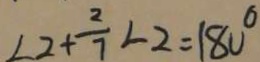
\angle 2 + \frac { 2 } { 7 } \angle 2 = 1 8 0 ^ { \circ }